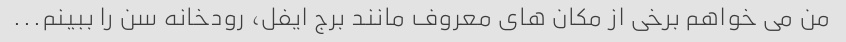
من می خواهم برخی از مکان های معروف مانند برج ایفل، رودخانه سن را ببینم...